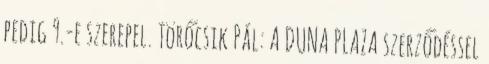
pedig 9.-e szerepel. Törőcsik Pál: A DUNA PLAZA szerződéssel